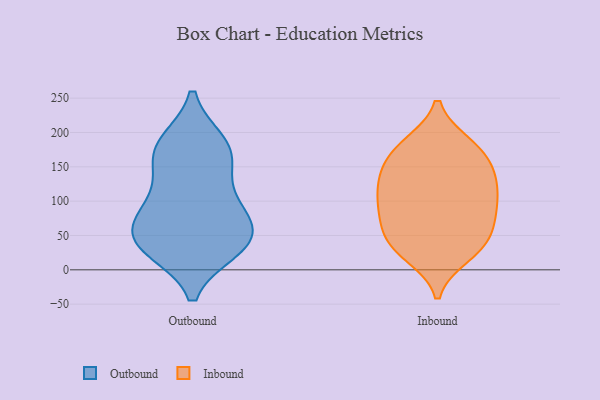
{"axis": {"x": "Conversion Rate (%)", "y": "Value"}, "legend": ["Inbound", "Outbound"], "data": [{"x": "", "y": 182, "type": "Outbound"}, {"x": "", "y": 44, "type": "Outbound"}, {"x": "", "y": 40, "type": "Outbound"}, {"x": "", "y": 36, "type": "Outbound"}, {"x": "", "y": 86, "type": "Outbound"}, {"x": "", "y": 83, "type": "Outbound"}, {"x": "", "y": 31, "type": "Outbound"}, {"x": "", "y": 184, "type": "Outbound"}, {"x": "", "y": 163, "type": "Outbound"}, {"x": "", "y": 42, "type": "Outbound"}, {"x": "", "y": 80, "type": "Outbound"}, {"x": "", "y": 122, "type": "Outbound"}, {"x": "", "y": 168, "type": "Outbound"}, {"x": "", "y": 34, "type": "Inbound"}, {"x": "", "y": 181, "type": "Inbound"}, {"x": "", "y": 52, "type": "Inbound"}, {"x": "", "y": 128, "type": "Inbound"}, {"x": "", "y": 110, "type": "Inbound"}, {"x": "", "y": 80, "type": "Inbound"}, {"x": "", "y": 142, "type": "Inbound"}, {"x": "", "y": 181, "type": "Inbound"}, {"x": "", "y": 60, "type": "Inbound"}, {"x": "", "y": 132, "type": "Inbound"}, {"x": "", "y": 92, "type": "Inbound"}, {"x": "", "y": 161, "type": "Inbound"}, {"x": "", "y": 76, "type": "Inbound"}, {"x": "", "y": 27, "type": "Inbound"}, {"x": "", "y": 152, "type": "Inbound"}, {"x": "", "y": 115, "type": "Inbound"}, {"x": "", "y": 36, "type": "Inbound"}, {"x": "", "y": 183, "type": "Inbound"}, {"x": "", "y": 95, "type": "Inbound"}, {"x": "", "y": 21, "type": "Inbound"}]}